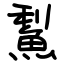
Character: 䱘